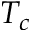
T _ { c }